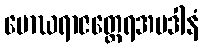
မောဃရာဇတ္ထေရအပဒါနံ